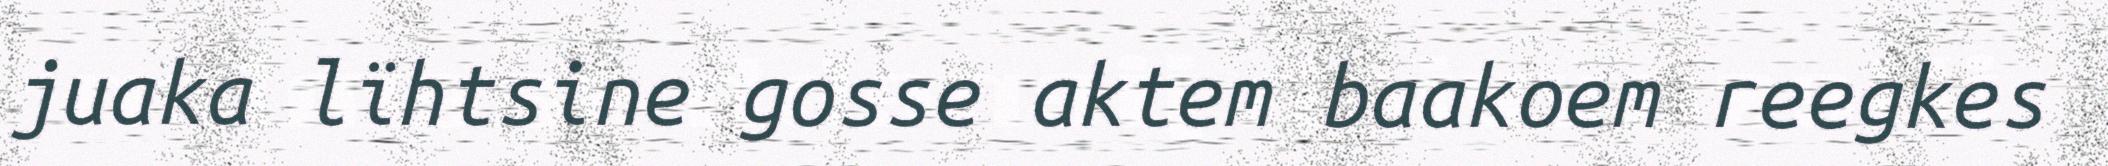
juaka lïhtsine gosse aktem baakoem reegkes